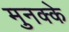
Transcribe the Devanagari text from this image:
मुनक्के